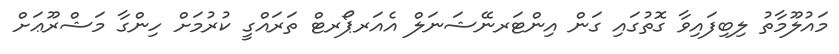
މައުލޫމާތު ލިބިފައިވާ ގޮތުގައި ގަން އިންޓަރނޭޝަނަލް އެއަރޕޯރޓް ތަރައްގީ ކުރުމަށް ހިންގާ މަޝްރޫޢަށް